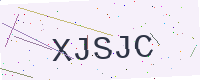
Text: XJSJC